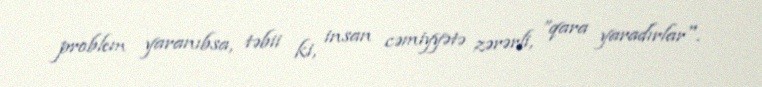
problem yaranıbsa, təbii ki, insan cəmiyyətə zərərli, ”qara yaradırlar".